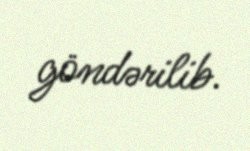
göndərilib.